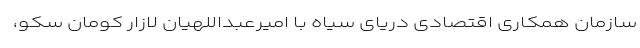
سازمان همکاری اقتصادی دریای سیاه با امیرعبداللهیان لازار کومان سکو،